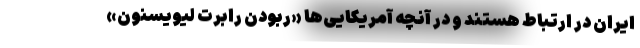
ایران در ارتباط هستند و در آنچه آمریکایی‌ها «ربودن رابرت لیویسنون»